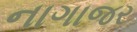
નાગાજર